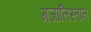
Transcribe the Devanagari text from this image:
गजालिस्तान